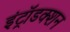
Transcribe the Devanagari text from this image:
इंट्रॉडक्शन